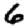
Digit: 6